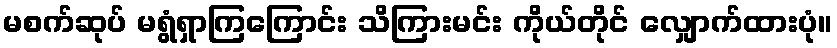
မစက်ဆုပ် မရွံရှာကြကြောင်း သိကြားမင်း ကိုယ်တိုင် လျှောက်ထားပုံ။